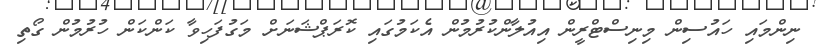
ނިންމައި ހައުސިން މިނިސްޓްރީން އިއުލާންކުރުމުން އެކަމުގައި ކޮރަޕްޝަނަށް މަގުފަހިވާ ކަންކަން ހުރުމުން ގޯތި